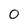
Character: 0